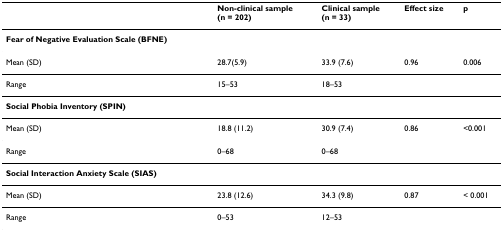
<table><thead><tr><td></td><td><b>Non-clinical sample(n = 202)</b></td><td><b>Clinical sample(n = 33)</b></td><td><b>Effect size</b></td><td><b>p</b></td></tr></thead><tbody><tr><td><b>Fear of Negative Evaluation Scale (BFNE)</b></td><td></td><td></td><td></td><td></td></tr><tr><td>Mean (SD)</td><td>28.7(5.9)</td><td>33.9 (7.6)</td><td>0.96</td><td>0.006</td></tr><tr><td>Range</td><td>15–53</td><td>18–53</td><td></td><td></td></tr><tr><td><b>Social Phobia Inventory (SPIN)</b></td><td></td><td></td><td></td><td></td></tr><tr><td>Mean (SD)</td><td>18.8 (11.2)</td><td>30.9 (7.4)</td><td>0.86</td><td>&lt;0.001</td></tr><tr><td>Range</td><td>0–68</td><td>0–68</td><td></td><td></td></tr><tr><td><b>Social Interaction Anxiety Scale (SIAS)</b></td><td></td><td></td><td></td><td></td></tr><tr><td>Mean (SD)</td><td>23.8 (12.6)</td><td>34.3 (9.8)</td><td>0.87</td><td>&lt; 0.001</td></tr><tr><td>Range</td><td>0–53</td><td>12–53</td><td></td><td></td></tr></tbody></table>